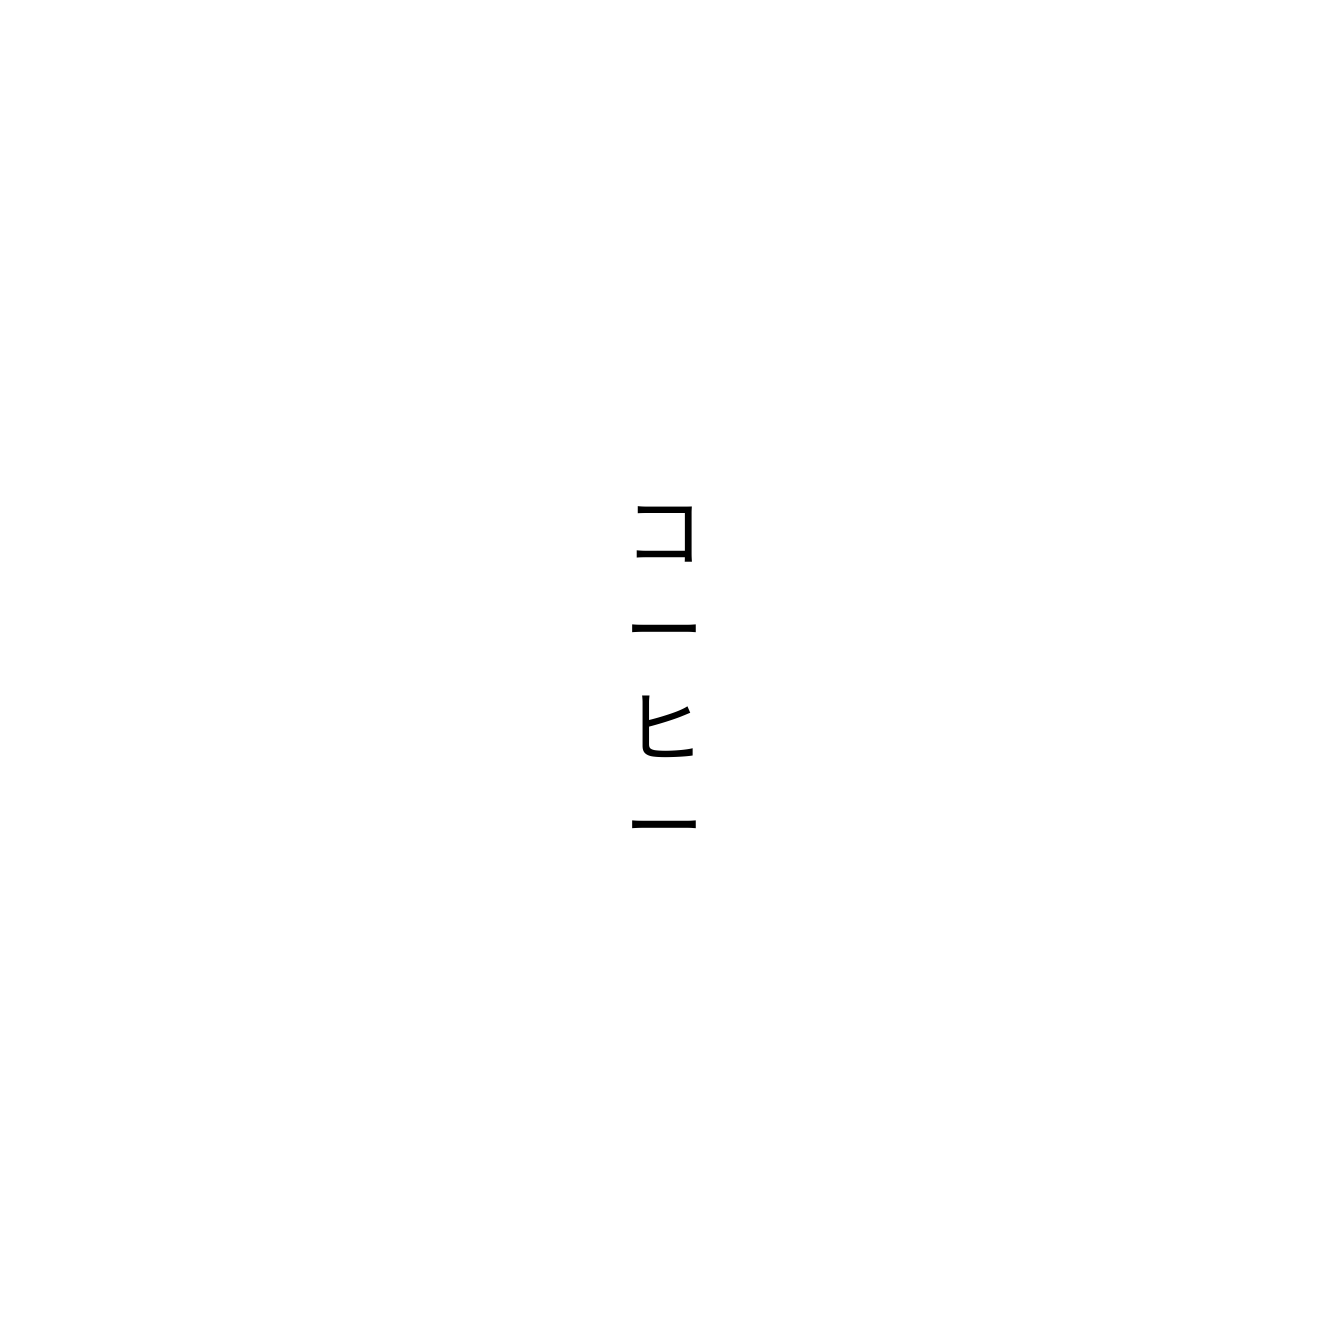
コーヒー